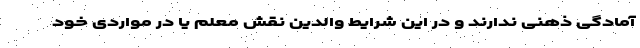
آمادگی ذهنی ندارند و در این شرایط والدین نقش معلم یا در مواردی خود